Problem: 7 × 2 = ?
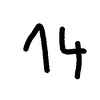
Handwritten answer: 14